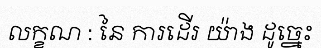
លក្ខណ : នៃ ការដើរ យ៉ាង ដូច្នេះ